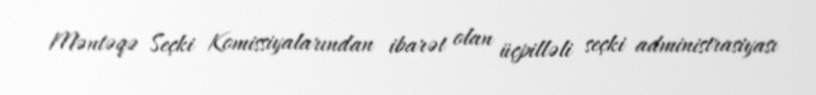
Məntəqə Seçki Komissiyalarından ibarət olan üçpilləli seçki administrasiyası